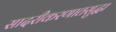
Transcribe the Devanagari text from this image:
सादरीकरणातसुद्धा